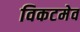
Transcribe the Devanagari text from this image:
विकटमेव